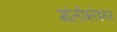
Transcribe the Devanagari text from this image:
मॉलीब्लेडनम